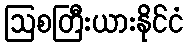
ဩစတြီးယားနိုင်ငံ